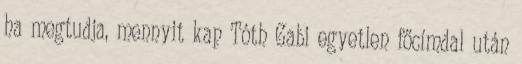
ha megtudja, mennyit kap Tóth Gabi egyetlen főcímdal után